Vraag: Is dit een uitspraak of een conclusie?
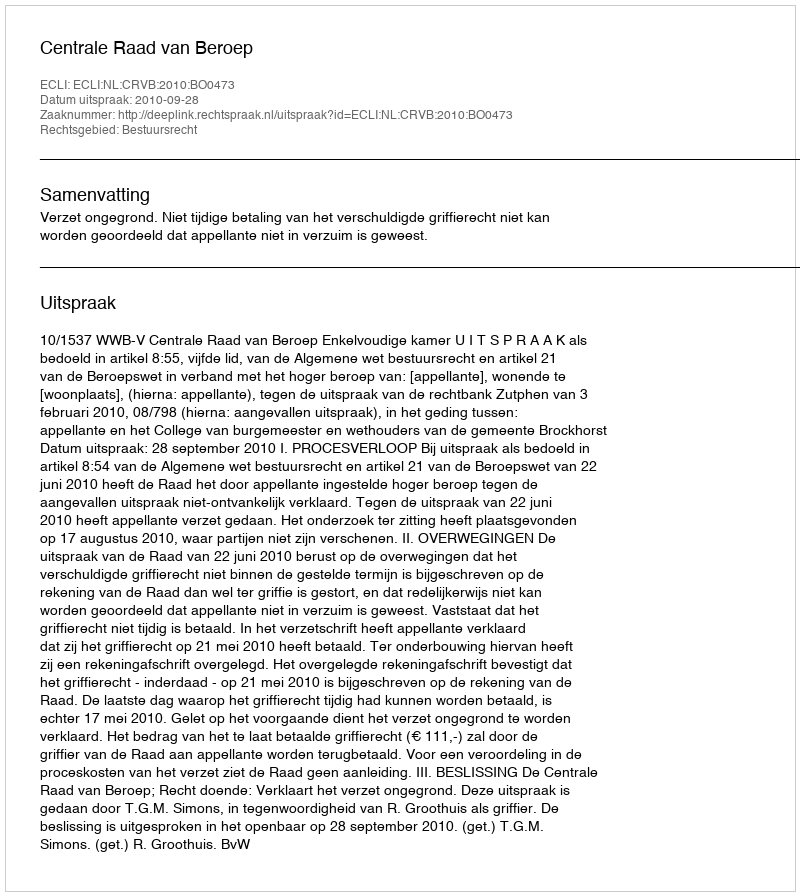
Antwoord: Uitspraak